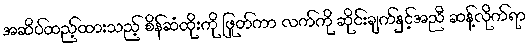
အဆိပ်ထည့်ထားသည့် စိန်ဆံထိုးကို ဖြုတ်ကာ လက်ကို ဆိုင်းချက်နှင့်အညီ ဆန့်လိုက်ရာ